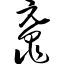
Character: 鼋